Leaving Certificate Examination, 1906
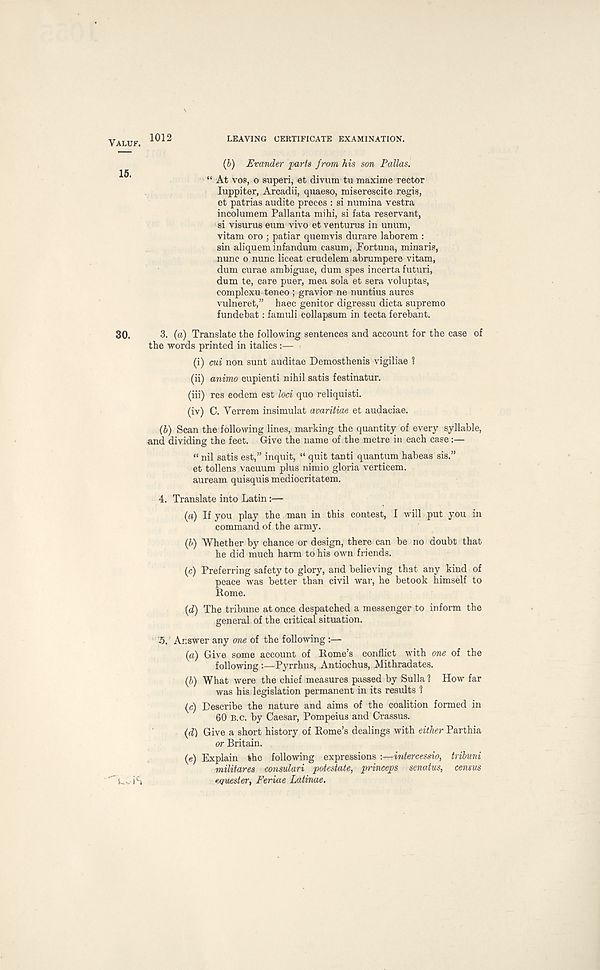
VALUF.
1012
LEAVING CERTIFICATE EXAMINATION.
(b)
E
“At vos, o superi, et divum tu maxime rector
luppiter, Arcadii, quaeso, miserescite regis,
et patrias audite preces : si numina vestra
incolumem Pallanta mihi, si fata reservant,
si visurus eum vivo et venturus in unum,
vitam oro ; patiar quemvis durare laborem :
sin aliquem infandum casum, Fortuna, minaris,
nunc o nunc liceat crudelem abrumpere vitam,
dum curae ambiguae, dum spes incerta futuri,
dum te, care puer, mea sola et sera voluptas,
complexu teneo ; gravior ne nuntius aurcs
vulneret,” haec genitor digressu dicta supremo
fundebat: famuli collapsum in tecta ferebant.
30.
3. (a) Translate the following sentences and account for the case of
the words printed in italics :—
(i) cui non sunt auditae Demosthenis vigiliae 1
(ii) animo cupienti nihil satis festinatur.
(iii) res eodem est loci quo reliquisti.
(iv) C. Yerrem insimulat avaritiae et audaciae.
(b)
Scan the followin
and dividing the feet. Give the name of the metre in each case :—
“ nil satis est,” inquit, “ quit tanti quantum habeas sis.”
et tollens vacuum plus nimio gloria verticem.
auream quisquis mediocritatem.
4. Translate into Latin:—
(a) If you play the man in this contest, I will put you in
command of the army.
(b) Whether by chance or design, there can be no doubt that
he did much harm to his own friends.
(c) Preferring safety to glory, and believing that any kind of
peace was better than civil war, he betook himself to
Rome.
(d) The tribune at once despatched a messenger to inform the
general of the critical situation.
“5. Answer any one of the following :—
(a) Give some account of Rome’s conflict with one of the
following
Pyrrhus, Antiochus, Mithradates.
(b) What were the chief measures passed by Sulla ? How r far
was his legislation permanent in its results 1
(c) Describe the nature and aims of the coalition formed in
60 B.c. by Caesar, Pompeius and Crassus.
(d) Give a short history of Rome’s dealings with either Parthia
or Britain.
(e) Explain the following expressions -.—intercessio, tribuni
militares consulari potestate, princeps senatus, census
L-. i c i
equester, Feriae Latinae.